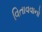
વિતાવવાનો